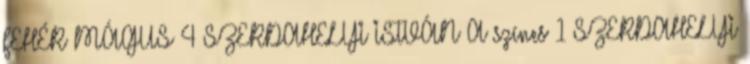
FEHÉR MÁGUS 4 SZERDAHELYI ISTVÁN A színes 1 SZERDAHELYI